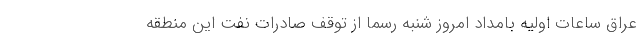
عراق ساعات اولیه بامداد امروز شنبه رسما از توقف صادرات نفت این منطقه